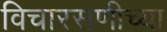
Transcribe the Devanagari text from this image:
विचारसणीच्या